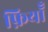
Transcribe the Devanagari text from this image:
फ़ियॉँ